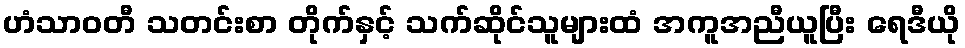
ဟံသာဝတီ သတင်းစာ တိုက်နှင့် သက်ဆိုင်သူများထံ အကူအညီယူပြီး ရေဒီယို